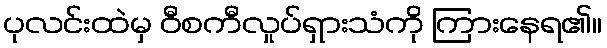
ပုလင်းထဲမှ ဝီစကီလှုပ်ရှားသံကို ကြားနေရ၏။